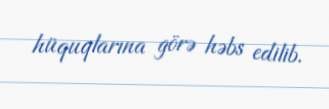
hüquqlarına görə həbs edilib.